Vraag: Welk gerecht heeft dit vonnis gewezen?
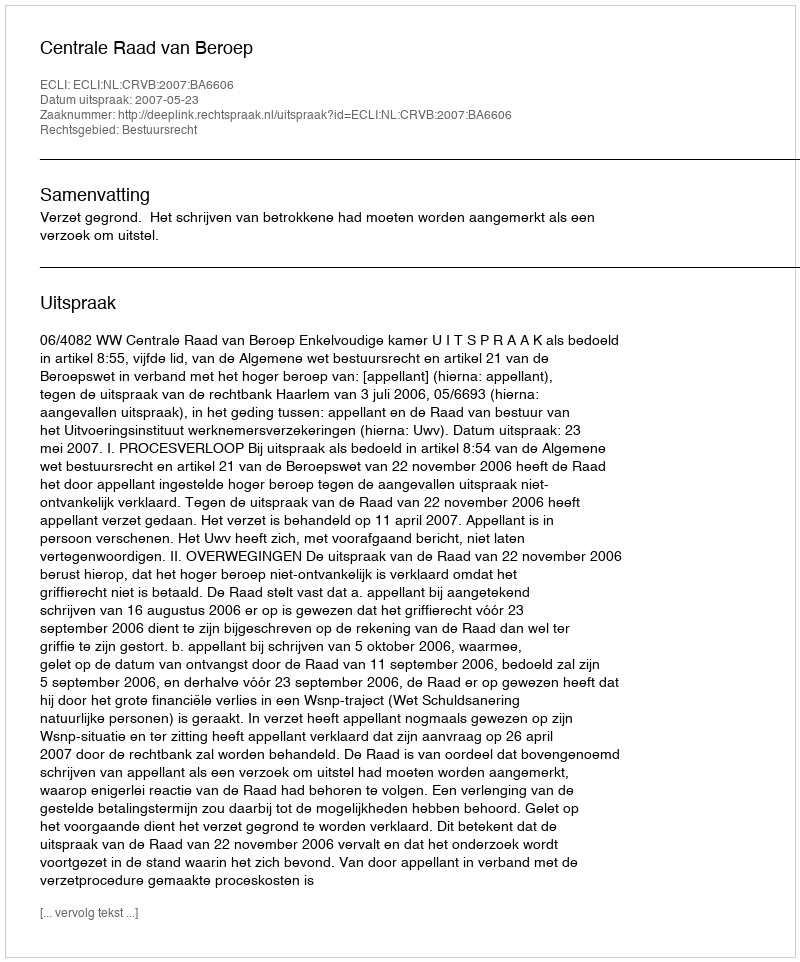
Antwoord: Centrale Raad van Beroep